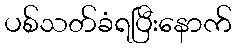
ပစ်သတ်ခံရပြီးနောက်